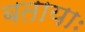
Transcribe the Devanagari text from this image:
बतायाः